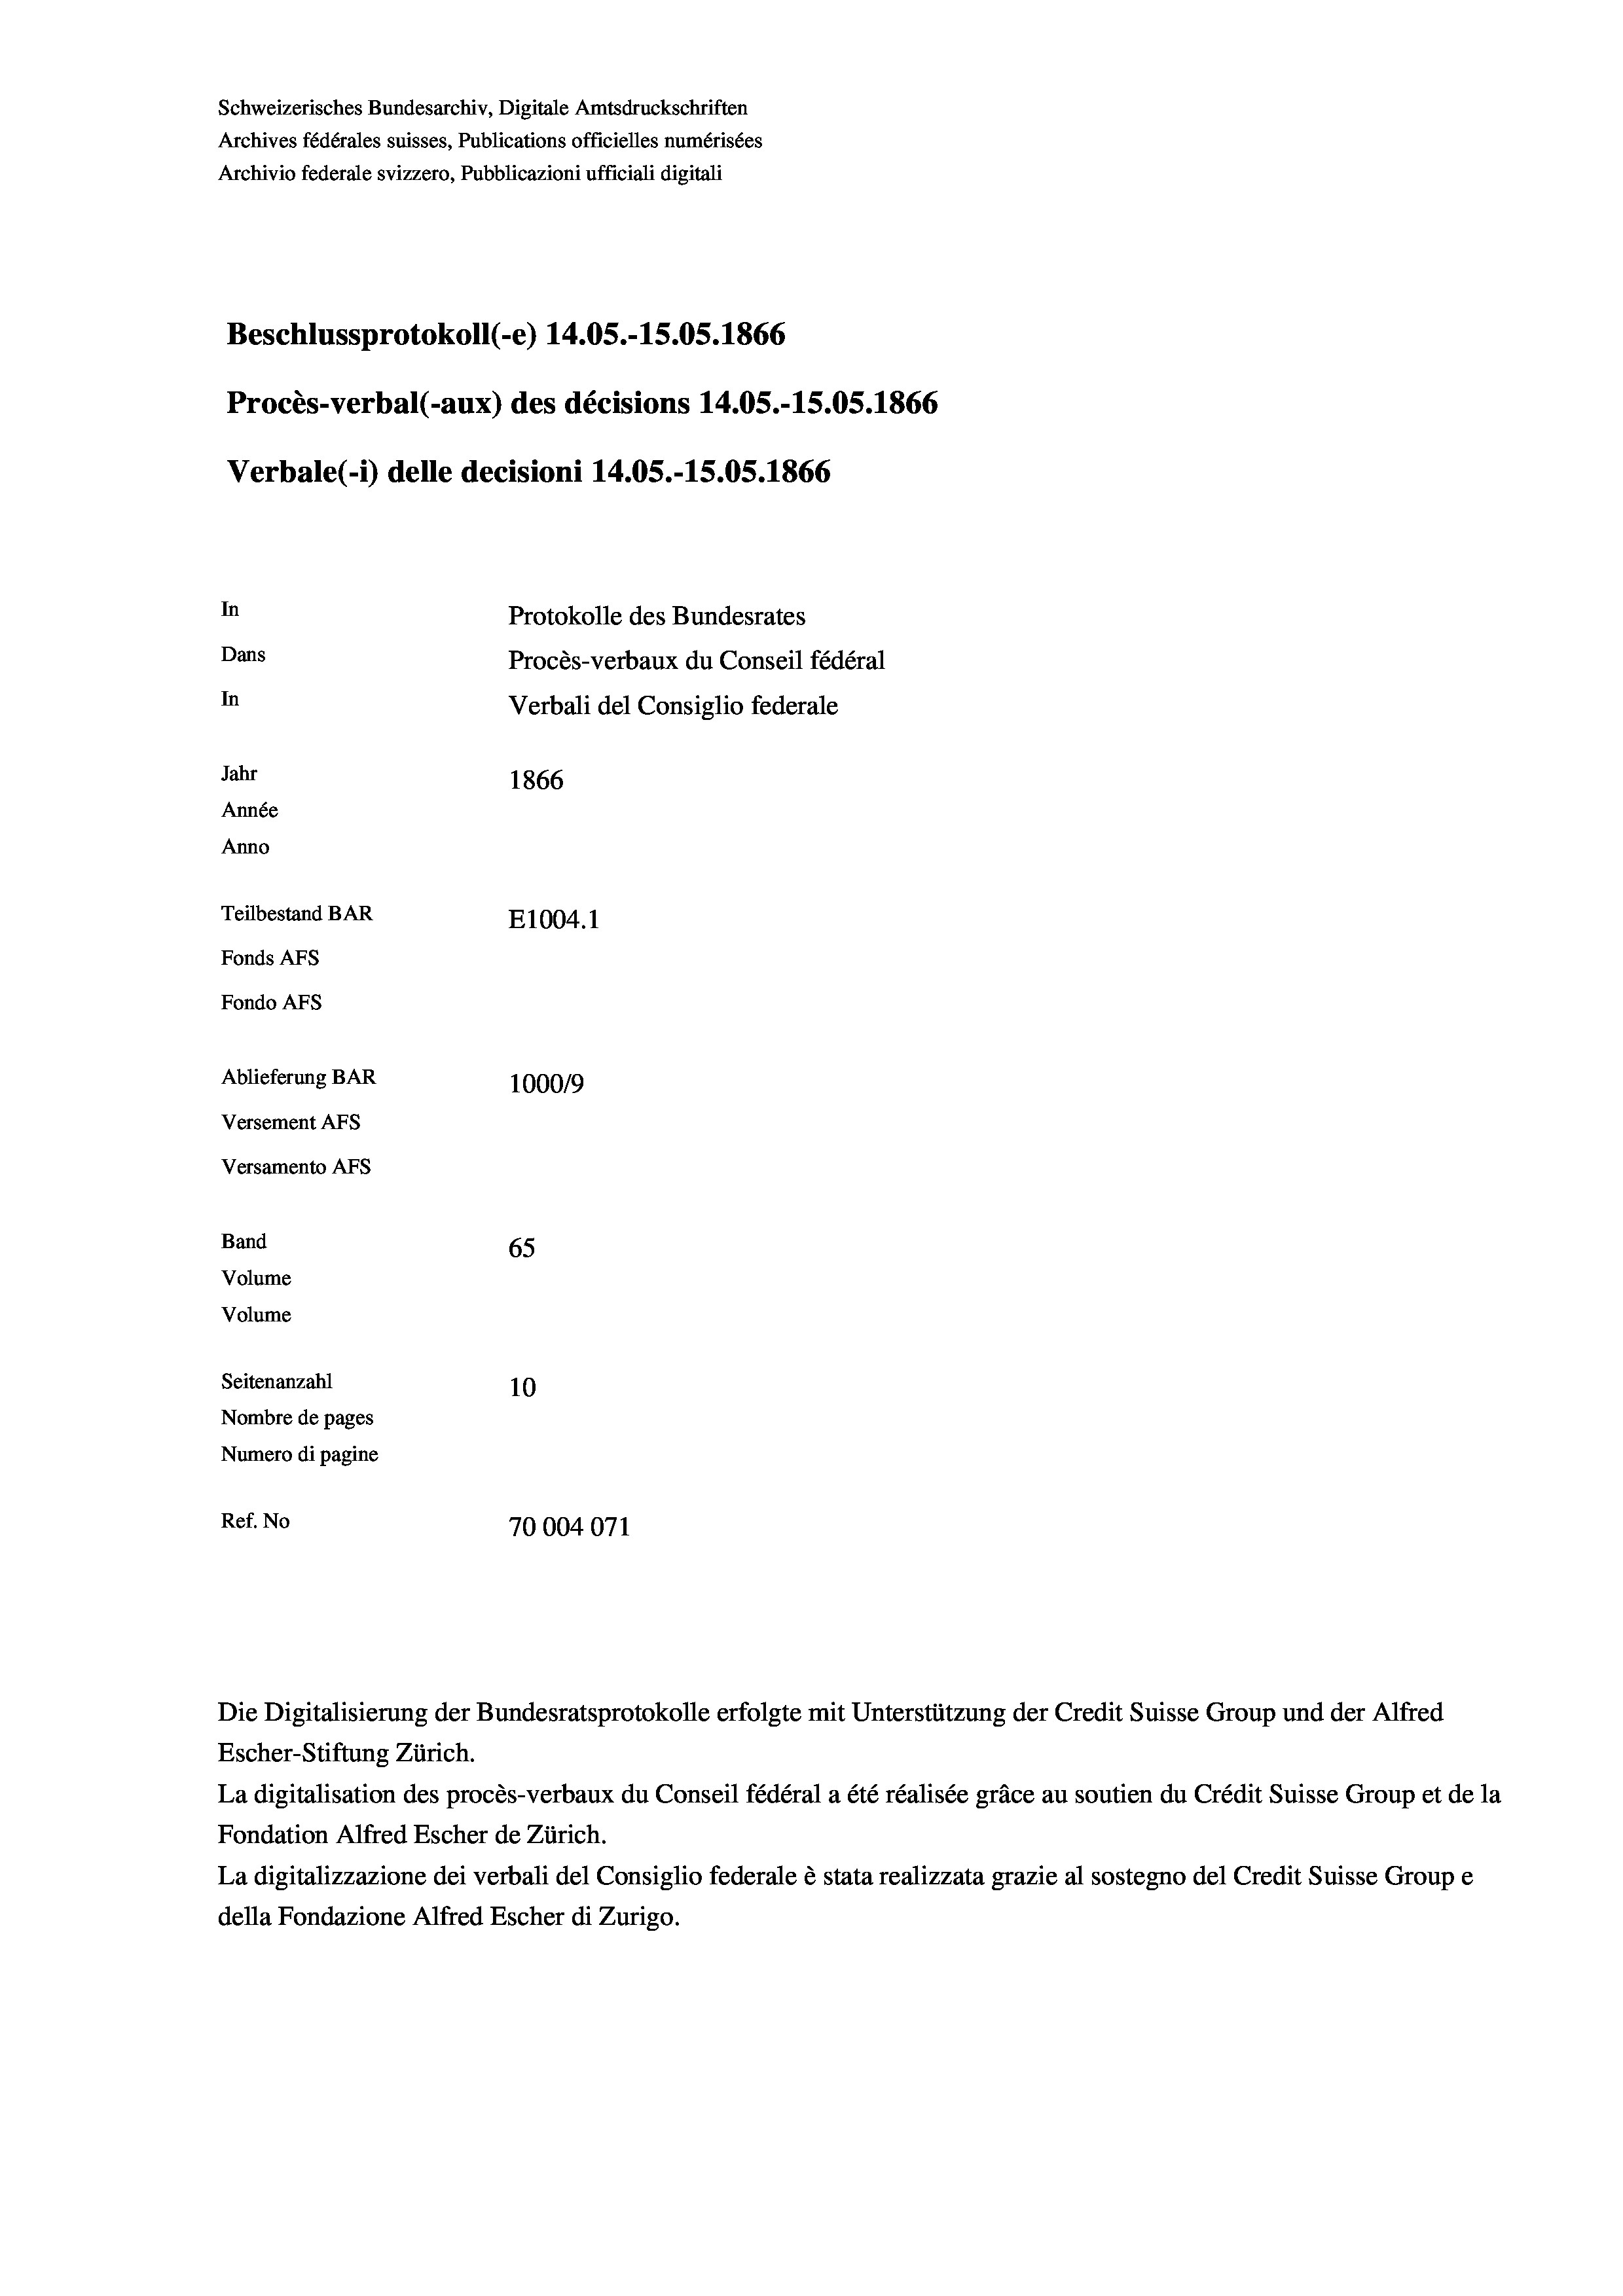
Schweizerisches Bundesarchiv, Digitale Amtsdruckschriften
Archives fédérales suisses, Publications officielles numérisées
Archivio federale svizzero, Pubblicazioni ufficiali digitali
Beschlussprotokoll (-e) 14.05.-15.05. 1866
Procès-verbal (-aux) des décisions 14.05.-15.05. 1866
Verbale(-*) delle decisioni 14.05.-15.05. 1866
In
Protokolle des Bundesrates
Dans
Procès-verbaux du Conseil fédéral
In
Verbali del Consiglio federale
Jahr
1866
Année
Anno
Teilbestand BAR
E1004.1
Fonds AFs
Fondo Afs
Ablieferung BAR
100019
Versement AFs
Versamento AFs
Band
65
Volume
Volume

Seitenanzahl
10
Nombre de pages
Numero di pagine
Ref. No
70004071

Escher-Stiftung Zürich.
La digitalisation des procès-verbaux du Conseil fédéral a été réalisée gräce au soutien du Crédit Suisse Group et de la
Fondation Alfred Escher de Zürich.
La digitalizzazione dei verbali del Consiglio federale è stata realizzata grazie al sostegno del Credit Suisse Groupe
della Fondazione Alfred Escher di Zurigo.

Die Digitalisierung der Bundesratsprotokolle erfolgte mit Unterstützung der Credit Suisse Group und der Alfred